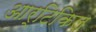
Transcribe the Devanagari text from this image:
आर्टिकिल